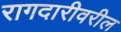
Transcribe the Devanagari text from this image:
रागदारीवरील